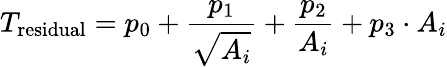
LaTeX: T_{\mathrm{residual}}=p_{0}+\frac{p_{1}}{\sqrt{A_{i}}}+\frac{p_{2}}{A_{i}}+p_{3}\cdot A_{i}